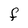
Character: F